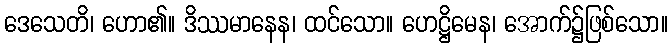
ဒေသေတိ၊ ဟော၏။ ဒိဿမာနေန၊ ထင်သော။ ဟေဋ္ဌိမေန၊ အောက်၌ဖြစ်သော။